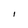
Character: I